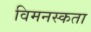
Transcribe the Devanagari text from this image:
विमनस्कता